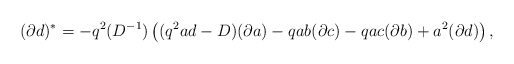
\begin{align*}(\partial d)^{*}=-q^2(D^{-1})\left((q^2ad-D)(\partial a)-qab(\partial c)-qac(\partial b)+a^2(\partial d)\right), \end{align*}